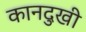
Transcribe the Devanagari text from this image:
कानदुखी